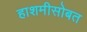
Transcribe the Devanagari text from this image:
हाशमीसोबत